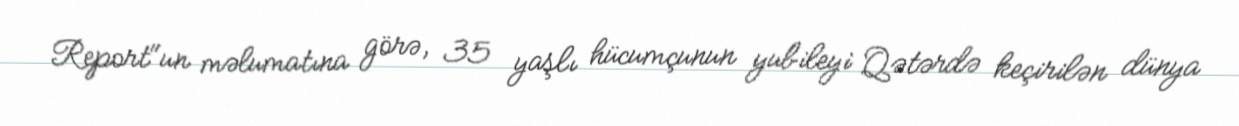
Report"un məlumatına görə, 35 yaşlı hücumçunun yubileyi Qətərdə keçirilən dünya